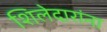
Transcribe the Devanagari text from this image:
शिलेदारांना